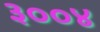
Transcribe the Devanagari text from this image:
३००४